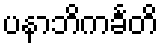
ပနာဘိကင်္ခတိ